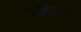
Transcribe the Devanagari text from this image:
प्रबंधादि